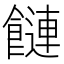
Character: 𩞙